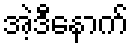
အဲ့ဒီနောက်